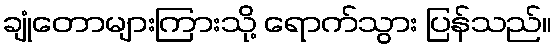
ချုံတောများကြားသို့ ရောက်သွား ပြန်သည်။